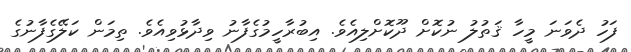
ފަހު ދެވަނަ މީހާ ޤަތުލު ނުކޮށް ދޫކޮށްލިއެވެ. އިބުރާހީމުގެފާނު ވިދާޅުވިއެވެ. ތިމަން ކަލޭގެފާނުގެ